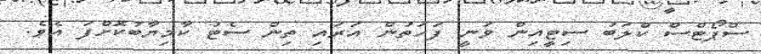
ސްޕޯޓްސް ކްލަބު ސިޓީއިން ވަނީ ފަހަތުން އަރައި ތިން ސެޓު ކާމިޔާބުކޮށްފަ އެވެ.